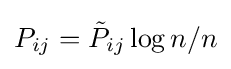
P_{ij}={\tilde {P}}_{ij}\log n/n